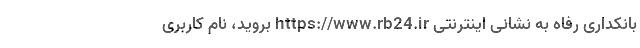
بانکداری رفاه به نشانی اینترنتی https://www.rb24.ir بروید، نام کاربری